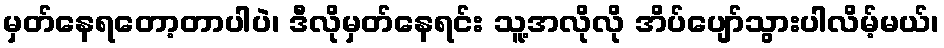
မှတ်နေရတော့တာပါပဲ၊ ဒီလိုမှတ်နေရင်း သူ့အလိုလို အိပ်ပျော်သွားပါလိမ့်မယ်၊